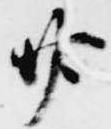
廿